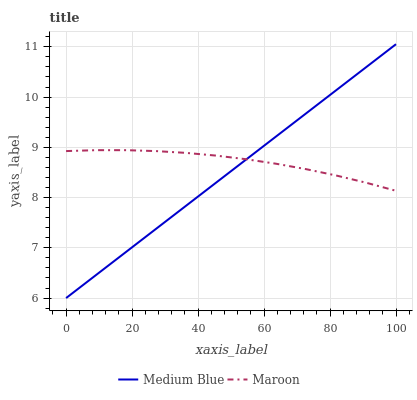
| xaxis_label | Medium Blue | Maroon |
 | --- | --- | --- |
 | 0 | 6 | 8.93 |
 | 9.09 | 6.46 | 8.94 |
 | 18.2 | 6.92 | 8.94 |
 | 27.3 | 7.38 | 8.93 |
 | 36.4 | 7.84 | 8.89 |
 | 45.5 | 8.3 | 8.84 |
 | 54.5 | 8.76 | 8.76 |
 | 63.6 | 9.22 | 8.67 |
 | 72.7 | 9.67 | 8.57 |
 | 81.8 | 10.1 | 8.44 |
 | 90.9 | 10.6 | 8.3 |
 | 100 | 11.1 | 8.13 |